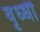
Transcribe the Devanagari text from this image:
वृध्धी